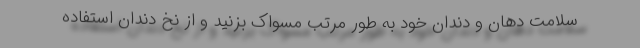
سلامت دهان و دندان خود به طور مرتب مسواک بزنید و از نخ دندان استفاده